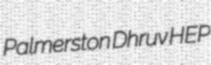
Palmerston Dhruv HEP